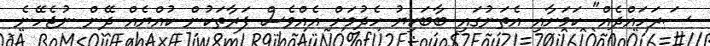
ސަރަހައްދެއް" ކަމަށާއި އެތަނުގައި ބާބަކިޔު ހެދުމަށް އެއްވެސް ފަރާތަކުން ކުއްޔެއް ދޭން ނުޖެހޭނެ